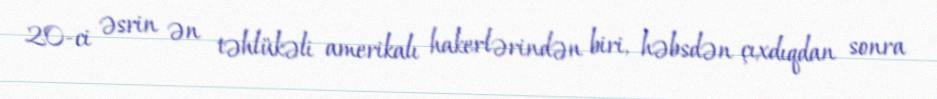
20-ci əsrin ən təhlükəli amerikalı hakerlərindən biri, həbsdən çıxdıqdan sonra